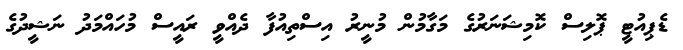
ޑެޕިއުޓީ ޕޮލިސް ކޮމިޝަނަރުގެ މަގާމުން މުނީރު އިސްތިއުފާ ދެއްވީ ރައީސް މުހައްމަދު ނަޝީދުގެ